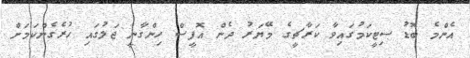
އެންމެ ބޮޑު ސިޓީކަމުގައިވާ ކަރާޗީގެ މޭޔަރު ދެން އޮފީސް ހިންގާނީ ޖަލުގައި ހުރެގެންކަމަށް